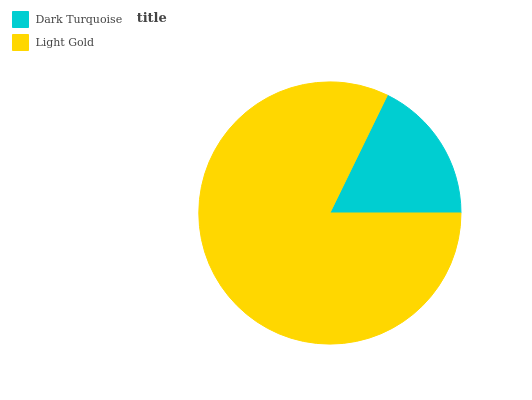
| Dark Turquoise | Light Gold |
 | --- | --- |
 | 17.8% | 82.2% |